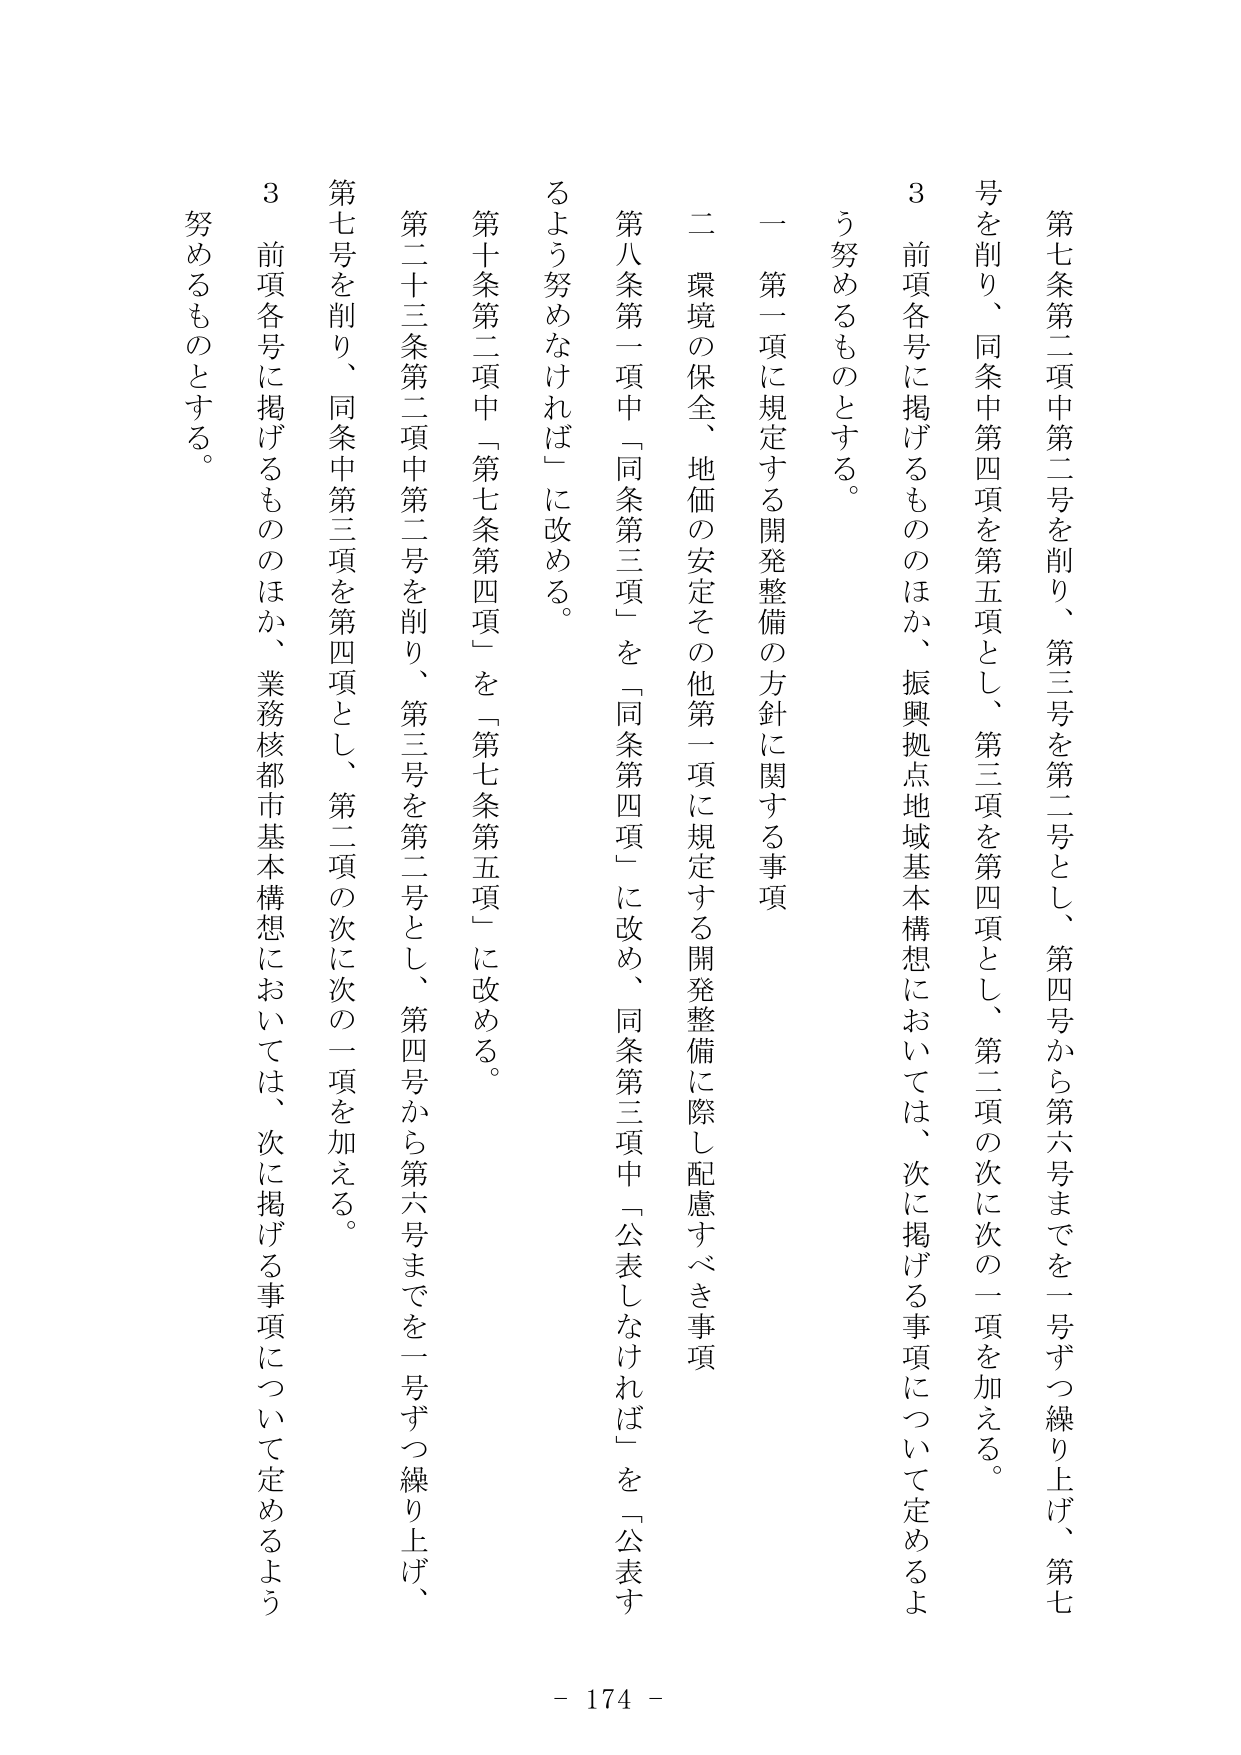
第七条第二項中第二号を削り、第三号を第二号とし、第四号から第六号までを一号ずつ繰り上げ、第七号を削り、同条中第四項を第五項とし、第三項を第四項とし、第二項の次に次の二項を加える。

３ 前項各号に掲げるもののほか、振興拠点地域基本構想においては、次に掲げる事項について定めるよう努めるものとする。

一 第一項に規定する開発整備の方針に関する事項

二 環境の保全、地価の安定その他第一項に規定する開発整備に際し配慮すべき事項

第八条第一項中「同条第三項」を「同条第四項」に改め、同条第三項中「公表しなければ」を「公表するよう努めなければ」に改める。

第十条第二項中「第七条第四項」を「第七条第五項」に改める。

第二十三条第二項中第二号を削り、第三号を第二号とし、第四号から第六号までを一号ずつ繰り上げ、第七号を削り、同条中第三項を第四項とし、第二項の次に次の二項を加える。

３ 前項各号に掲げるもののほか、業務核都市基本構想においては、次に掲げる事項について定めるよう努めるものとする。

- 174 -